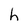
Character: h